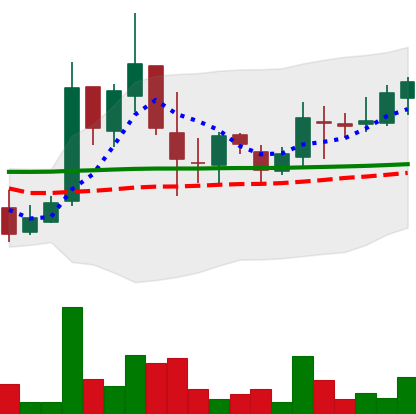
Ticker: LTC-USD
Chart end date: 2017-03-29
Forward return: 92.804%
Label: up_7plus